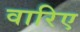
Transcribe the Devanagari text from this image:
वारिए